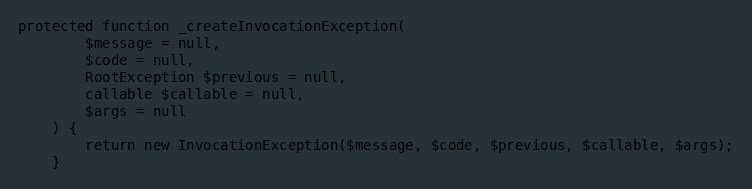
Language: PHP
protected function _createInvocationException(
        $message = null,
        $code = null,
        RootException $previous = null,
        callable $callable = null,
        $args = null
    ) {
        return new InvocationException($message, $code, $previous, $callable, $args);
    }